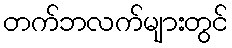
တက်ဘလက်များတွင်